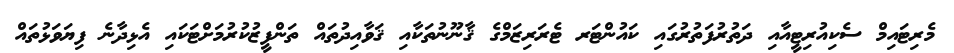
މެރިޓައިމް ސެކިއުރިޓީއާއި ދަތުރުފަތުރުގައި ކައުންޓަރ ޓެރަރިޒަމްގެ ޤާނޫނުތަކާއި ޤަވާއިދުތައް ތަންފީޒުކުރުމަށްޓަކައި އެޅިދާނެ ފިޔަވަޅުތައް